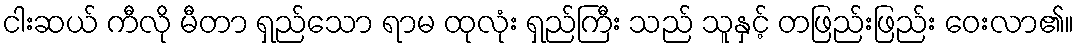
ငါးဆယ် ကီလို မီတာ ရှည်သော ရာမ ထုလုံး ရှည်ကြီး သည် သူနှင့် တဖြည်းဖြည်း ဝေးလာ၏။